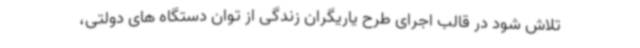
تلاش شود در قالب اجرای طرح یاریگران زندگی از توان دستگاه‌ های دولتی،